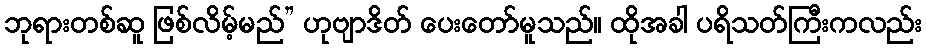
ဘုရားတစ်ဆူ ဖြစ်လိမ့်မည်” ဟုဗျာဒိတ် ပေးတော်မူသည်။ ထိုအခါ ပရိသတ်ကြီးကလည်း